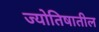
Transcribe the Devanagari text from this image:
ज्योतिषातील